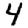
Digit: 4